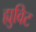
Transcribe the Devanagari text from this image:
ह्युविट